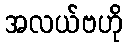
အလယ်ဗဟို